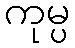
ကုမ္ပ